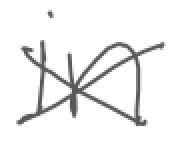
Text: in
Cross-out: cross
Writing tool: digital_gray